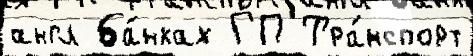
англ ба́нках ГП Тра́нспорт